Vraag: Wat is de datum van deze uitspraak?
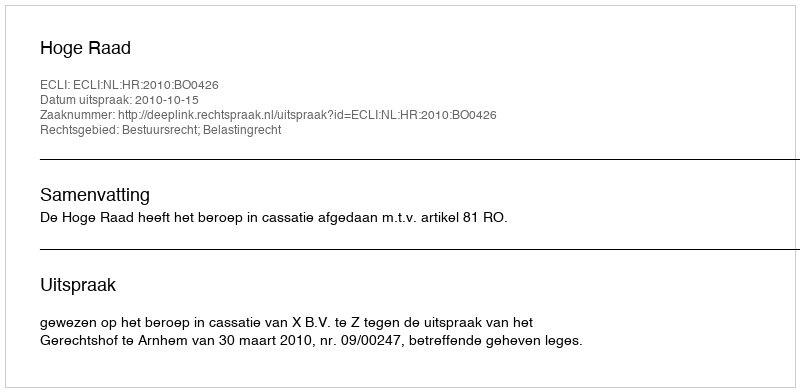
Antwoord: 2010-10-15